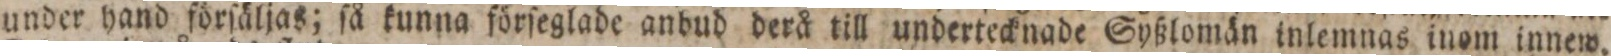
under hand förſäljas; ſå kunna förſeglade anbud derå till undertecknade Syßlomän inlemnas inom innew.